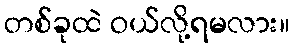
တစ်ခုထဲ ဝယ်လို့ရမလား။